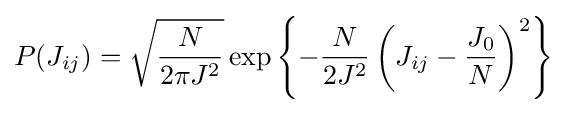
P(J_{ij})={\sqrt {\frac {N}{2\pi J^{2}}}}\exp \left\{-{\frac {N}{2J^{2}}}\left(J_{ij}-{\frac {J_{0}}{N}}\right)^{2}\right\}